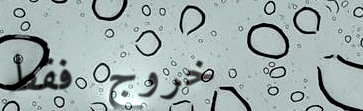
خروج فقط